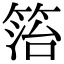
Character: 箈